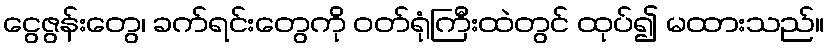
ငွေဇွန်းတွေ၊ ခက်ရင်းတွေကို ဝတ်ရုံကြီးထဲတွင် ထုပ်၍ မထားသည်။